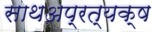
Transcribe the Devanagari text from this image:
साथअप्रत्यक्ष